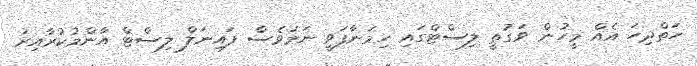
ހަތްދިހަ އެއް މީހުން ވަގުތީ ލިސްޓްގައި ހިމަނާފަވީ ނަމަވެސް ފައިނަލް ލިސްޓް އާންމުކުރާއިރު